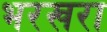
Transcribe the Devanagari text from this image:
भरखरा